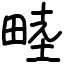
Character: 𪽘